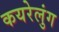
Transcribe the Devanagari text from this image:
कयरेलुंग